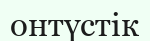
онтүстік